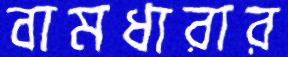
বামধারার